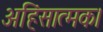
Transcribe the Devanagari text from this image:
अहिंसात्मक।